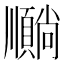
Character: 𫖦